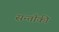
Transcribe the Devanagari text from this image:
सन्तौकी